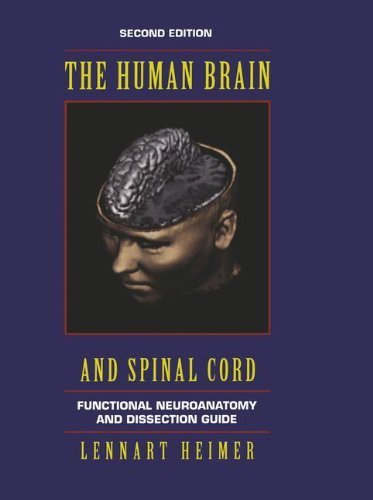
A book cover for The Human Brain and Spinal Cord: Functional Neuroanatomy and Dissection Guide (Computers in Health Care) 2nd Edition by Heimer, Lennart (1994) Paperback; Lennart Heimer; Medical Books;